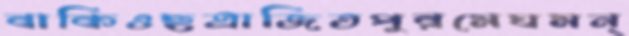
বাকিওছত্রাজিতপুরমেঘমন্